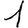
Digit: 1